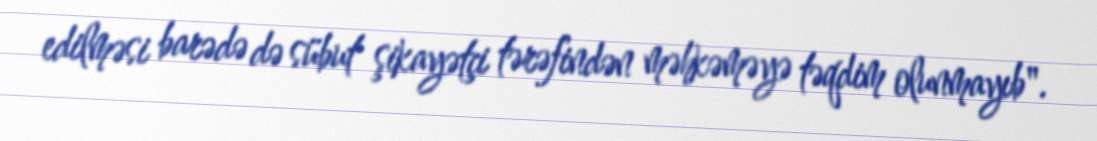
edilməsi barədə də sübut şikayətçi tərəfindən məhkəməyə təqdim olunmayıb".